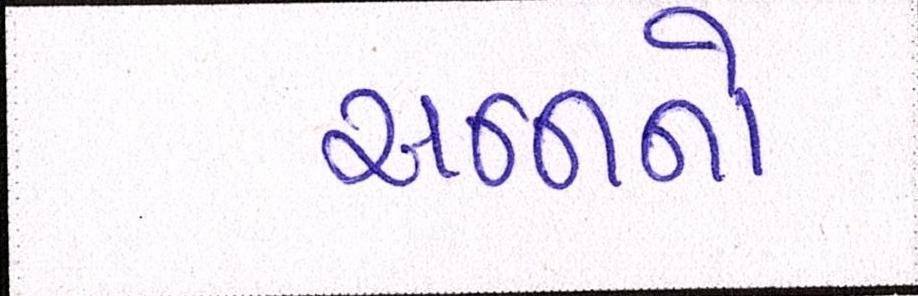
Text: અન્નાનો